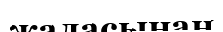
жаласынан